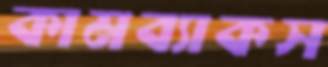
কামব্যাকস